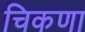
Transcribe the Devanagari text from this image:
चिकणा